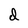
Character: d